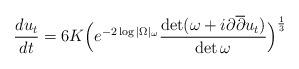
LaTeX: \begin{align*} \frac{du_t}{dt} = 6K \Big(e^{-2 \log |\Omega|_{\omega}} \frac{\det (\omega + i \partial \overline{\partial} u_t)}{\det \omega} \Big)^\frac{1}{3}\end{align*}